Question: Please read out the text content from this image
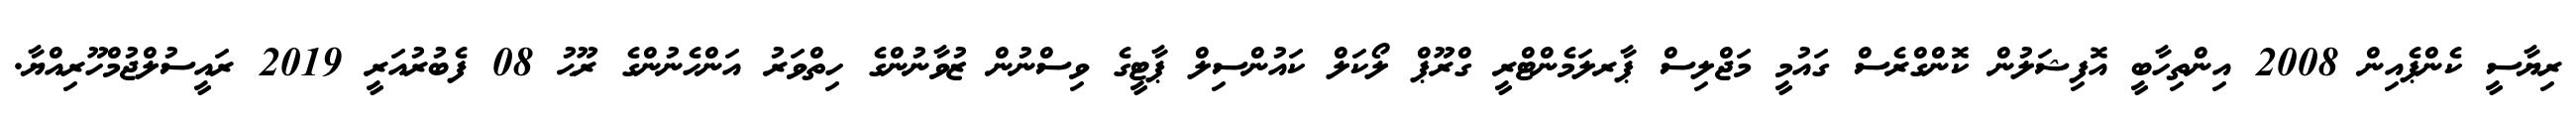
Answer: ރިޔާސީ ކެންޕެއިން 2008 އިންތިހާބީ އޮފިޝަލުން ކޮންގްރެސް ގައުމީ މަޖްލިސް ޕާރލަމެންޓްރީ ގްރޫޕް ލޯކަލް ކައުންސިލް ޕާޓީގެ ވިސްނުން ޒުވާނުންގެ ހިތްވަރު އަންހެނުންގެ ރޫޙު 08 ފެބުރުއަރީ 2019 ރައީސުލްޖުމްހޫރިއްޔާ.